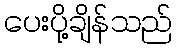
ပေးပို့ချိန်သည်